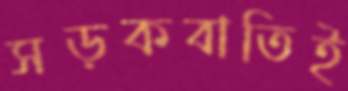
সড়কবাতিই